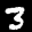
Label: 3